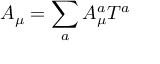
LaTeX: \ A _ { \mu } = \sum _ { a } A _ { \mu } ^ { a } T ^ { a }